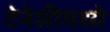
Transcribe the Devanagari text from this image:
टेनेसीमध्ये